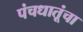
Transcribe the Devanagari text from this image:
पंचधातूंचा